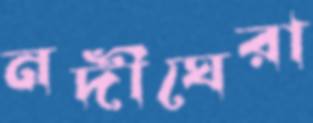
নদীঘেরা